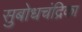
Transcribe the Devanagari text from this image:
सुबोधचंद्रिका